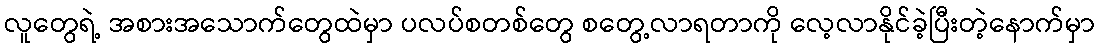
လူတွေရဲ့ အစားအသောက်တွေထဲမှာ ပလပ်စတစ်တွေ စတွေ့လာရတာကို လေ့လာနိုင်ခဲ့ပြီးတဲ့နောက်မှာ